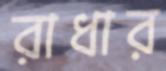
রাধার